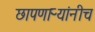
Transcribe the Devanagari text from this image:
छापणाऱ्यांनीच